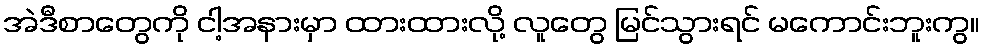
အဲဒီစာတွေကို ငါ့အနားမှာ ထားထားလို့ လူတွေ မြင်သွားရင် မကောင်းဘူးကွ။